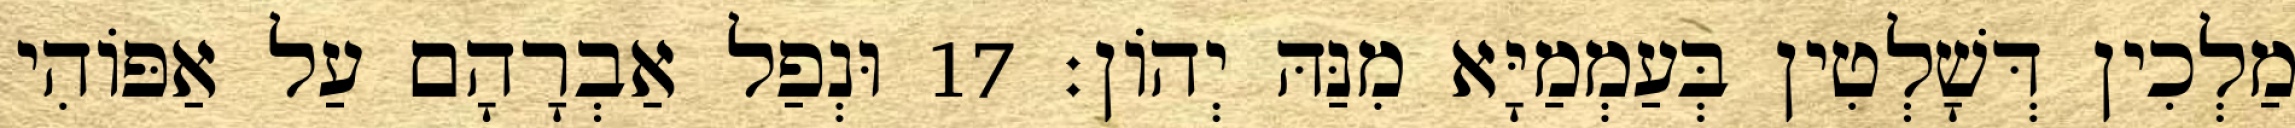
מַלְכִין דְּשָׁלְטִין בְּעַמְמַיָּא מִנַּהּ יְהוֹן׃ 17 וּנְפַל אַבְרָהָם עַל אַפּוֹהִי